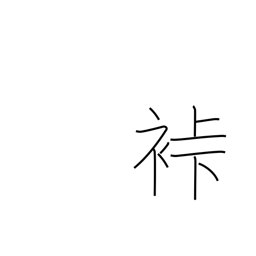
Meaning: samurai garb